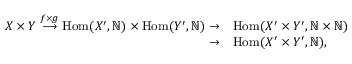
\begin{array} { r l } { X \times Y \stackrel { f \times g } \longrightarrow \mathrm { H o m } ( X ^ { \prime } , { \mathbb N } ) \times \mathrm { H o m } ( Y ^ { \prime } , { \mathbb N } ) \rightarrow } & { \mathrm { H o m } ( X ^ { \prime } \times Y ^ { \prime } , { \mathbb N } \times { \mathbb N } ) } \\ { \rightarrow } & { \mathrm { H o m } ( X ^ { \prime } \times Y ^ { \prime } , { \mathbb N } ) , } \end{array}